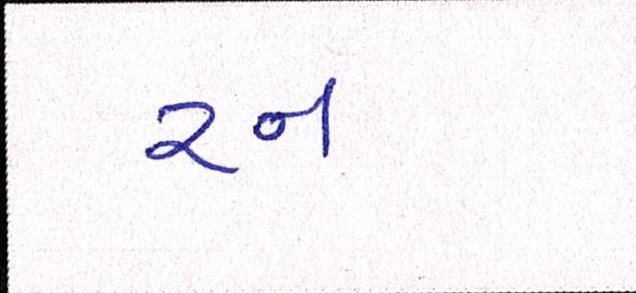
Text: રન